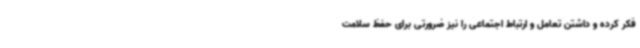
فکر کرده و داشتن تعامل و ارتباط اجتماعی را نیز ضرورتی برای حفظ سلامت